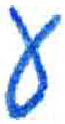
אות: ע